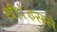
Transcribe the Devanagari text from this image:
थी।इससे